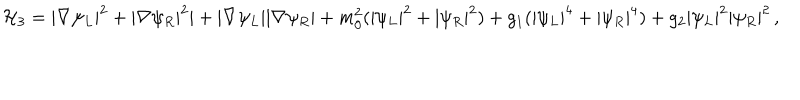
{ \cal H } _ { 3 } = | \nabla \psi _ { L } | ^ { 2 } + | \nabla \psi _ { R } | ^ { 2 } | + | \nabla \psi _ { L } | | \nabla \psi _ { R } | + m _ { 0 } ^ { 2 } ( | \psi _ { L } | ^ { 2 } + | \psi _ { R } | ^ { 2 } ) + g _ { 1 } ( | \psi _ { L } | ^ { 4 } + | \psi _ { R } | ^ { 4 } ) + g _ { 2 } | \psi _ { L } | ^ { 2 } | \psi _ { R } | ^ { 2 } \, ,